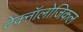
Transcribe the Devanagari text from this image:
टेक्नॉलोजिकल